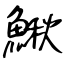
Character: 鰍